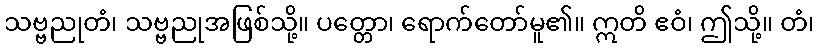
သဗ္ဗညုတံ၊ သဗ္ဗညုအဖြစ်သို့။ ပတ္တော၊ ရောက်တော်မူ၏။ ဣတိ ဧဝံ၊ ဤသို့။ တံ၊